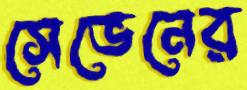
সেভেনের